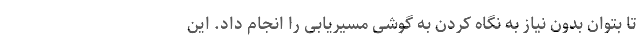
تا بتوان بدون نیاز به نگاه کردن به گوشی مسیریابی را انجام داد. این